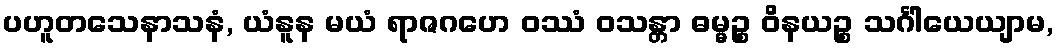
ပဟူတသေနာသနံ, ယံနူန မယံ ရာဇဂဟေ ဝဿံ ဝသန္တာ ဓမ္မဉ္စ ဝိနယဉ္စ သင်္ဂါယေယျာမ,